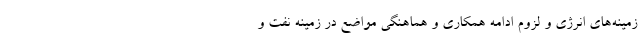
زمینه‌های انرژی و لزوم ادامه همکاری و هماهنگی مواضع در زمینه نفت و